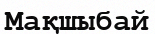
Мақшыбай